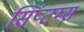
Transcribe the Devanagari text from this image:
सिंप्टम्स